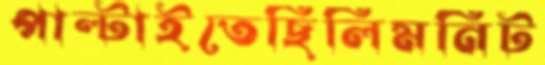
পাল্‌টাইতেছিলিমনিট